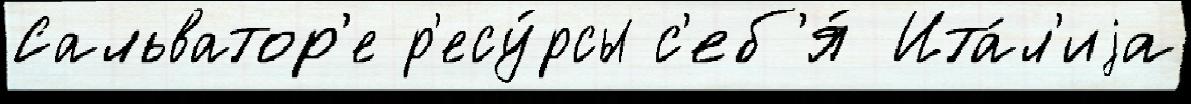
Сальватор'е р'есу́рсы с'еб'я́ Ита́л'иjа